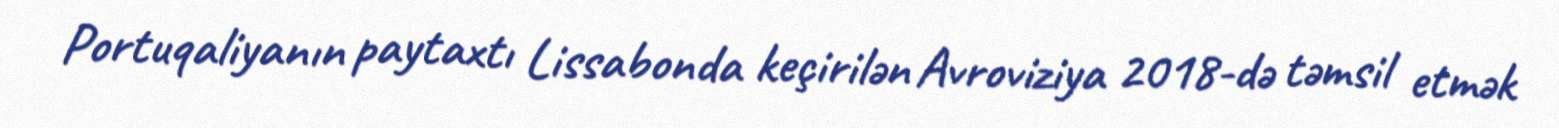
Portuqaliyanın paytaxtı Lissabonda keçirilən Avroviziya 2018-də təmsil etmək